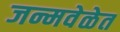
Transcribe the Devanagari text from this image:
जन्मवेळेत